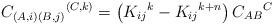
LaTeX: \begin{align*}C_{\left( A,i\right) \left( B,j\right) }{}^{\left( C,k\right) }=\left(K_{ij}{}^{k}-K_{ij}{}^{k+n}\right) C_{AB}{}^{C} \end{align*}